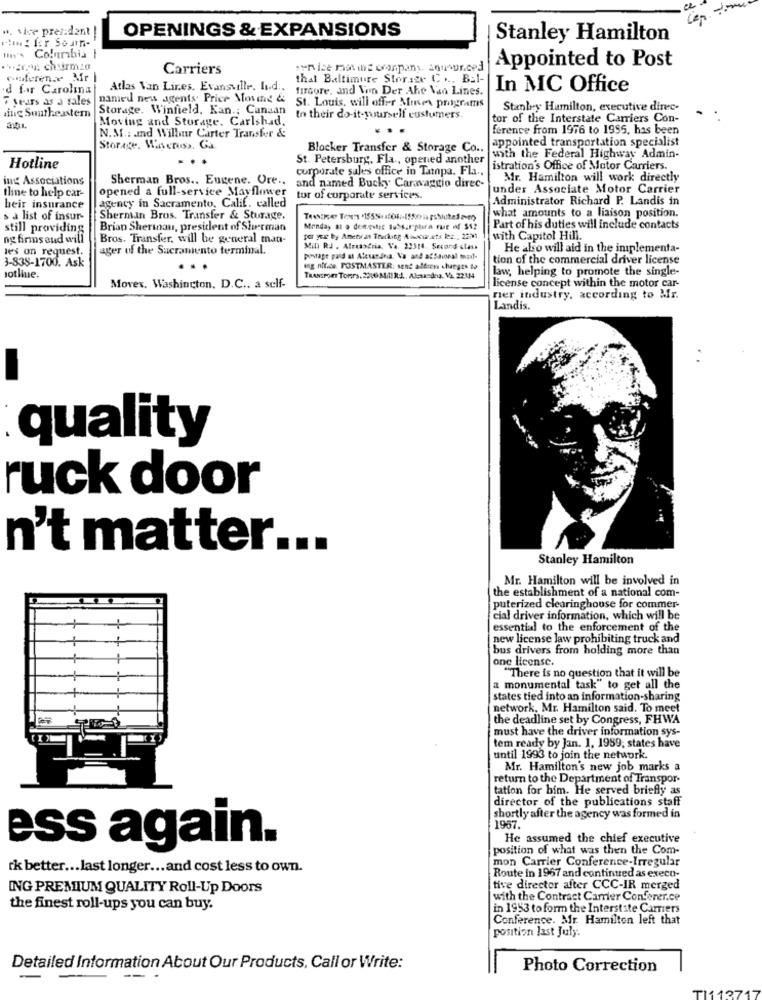
w. vice president
OPENINGS & EXPANSIONS
Stanley Hamilton
un's Colorshis I
.... con churmia
Carriers
service mon is conpany, announced
Appointed to Post
eferen ~ Mr
thal Baltimore Storage C ... Bal-
d far Carolina
Atlas Van Lines. Evansville. Id ..
firdore, and Von Der Ahe Van Lines.
In MC Office
7 years as a sales
named new agents Price Moume &
Storage. Winfield, Kan .; Canaan
St. Louis, will offer Mmer programs
Stanley Hamilton, executive direc-
ting Southeastern
Moving and Storage. Carlshad.
to their do-it-yourself custumers.
tor of the Interstate Carriers Con-
ference from 1976 to 1955, has been
N. M .: and Wilbur Carter Transfer &
appointed transportation specialist
Storage. Waveruss. Ga
Blocker Transfer & Storage Co ..
St. Petersburg, Fla ., opened another
with the Federal Highway Admin-
Hotline
corporate sales office in Tanpa. Fla ..
istration's Office of Motor Carriers.
ing Associations
Mr. Hamilton will work directly
Iline to help car-
Sherman Bros .. Eugene. Ore .. and named Bucky Caravaggio direc-
under Associate Motor Carrier
opened a full-service Mayflower tor of corporate services.
Administrator Richard P. Landis in
heir insurance
agency in Sacramento, Calif. called
a list of insur-
Sherman Bros. Transfer & Sturage.
what amounts to a liaison position.
still providing
Brian Sherinau, president of Sherman
Monday m o demestic Subsarplira rue of $$?
Part of his duties will include contacts
ng firms and will
Bros. Transfer, will be general man-
for ye by Ametvan Trucking Auxtræts lez ., 2231
with Capitol Hill.
les on request.
ager of the Sacramento terminal.
Min RJ . Alexandria, Va. 22314. Second-class
He abo will aid in the inplementa-
3-838-1700. Ask
postage paid at Atesandna. Va and acSinal mod-
tion of the commercial driver license
ang nif.ce POSTMASTER: sent address changes to
law, helping to promote the single-
Hotline.
TRANSPORT Tomrs. 2210 M/tl k.L ., Alavedea. VL 2214
license concept within the motor car-
Movex. Washington, D.C .. a self-
ner industry, according to Mr.
Landis.
quality
ruck door
n't matter ...
Stanley Hamilton
Mr. Hamilton will be involved in
the establishment of a national com-
puterized clearinghouse for commer-
cial driver information, which will be
essential to the enforcement of the
new license law prohibiting truck and
bus drivers from holding more than
one license.
"There is no question that it will be
a monumental task" to get all the
states tied into an information-sharing
network, Mr. Hamilton said. To meet
the deadline set by Congress, FHWA
must have the driver information sys-
tem ready by Jan. 1. 1989, states have
until 1993 to join the network.
Mr. Hamilton's new job marks a
return to the Department of Transpor-
tation for him. He served briefly as
director of the publications staff
shortly after the agency was formed in
1957.
He assumed the chief executive
ess again.
position of what was then the Com-
mon Carrier Conference-Irregular
rk better ... last longer ... and cost less to own.
Route in 1967 and continued as execo-
ING PREMIUM QUALITY Roll-Up Doors
tive director after CCC-IR merged
with the Contract Carrer Conferer.ce
the finest roll-ups you can buy.
in 1953 to form the Interstate Camers
Conference. Mr. Hamilton left that
position last July.
Detailed Information About Our Products, Call or Write:
Photo Correction